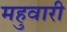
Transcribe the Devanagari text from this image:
महुवारी